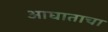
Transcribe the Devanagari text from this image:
आघाताचा